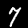
Label: 7